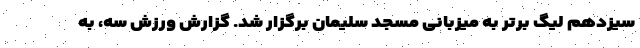
سیزدهم لیگ برتر به میزبانی مسجد سلیمان برگزار شد. گزارش ورزش سه، به